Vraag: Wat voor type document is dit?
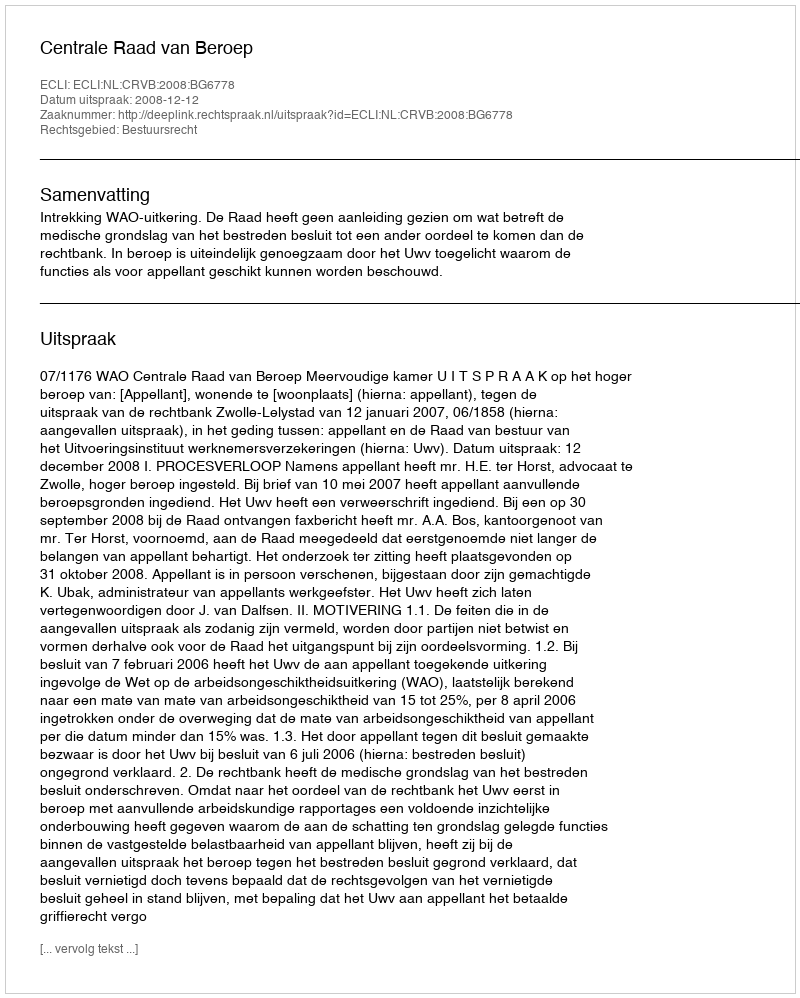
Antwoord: Uitspraak